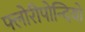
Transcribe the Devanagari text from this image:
फ्लोरीपोन्दियो